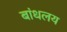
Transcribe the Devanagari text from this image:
बांधलय